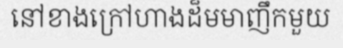
នៅខាងក្រៅហាងដ៏មមាញឹកមួយ